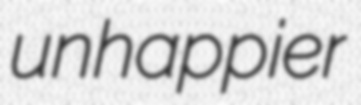
unhappier